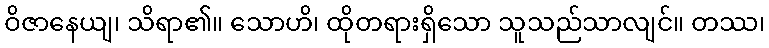
ဝိဇာနေယျ၊ သိရာ၏။ သောဟိ၊ ထိုတရားရှိသော သူသည်သာလျင်။ တဿ၊